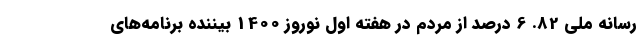
رسانه ملی 82. 6 درصد از مردم در هفته اول نوروز 1400 بیننده برنامه‌های